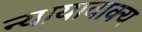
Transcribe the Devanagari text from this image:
न्यायावाक्य